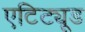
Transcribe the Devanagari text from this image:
एटिट्यूड